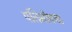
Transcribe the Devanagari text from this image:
पतिमोक्ख